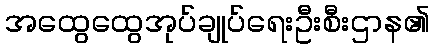
အထွေထွေအုပ်ချုပ်ရေးဦးစီးဌာန၏